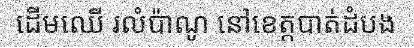
ដើមឈើ រលំប៉ាណូ នៅខេត្តបាត់ដំបង